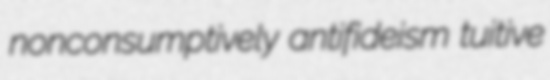
nonconsumptively antifideism tuitive